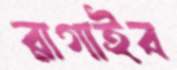
রাগাইব